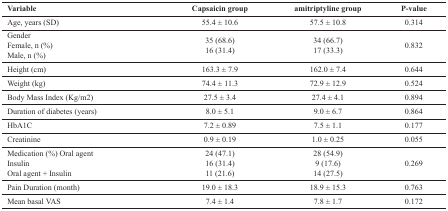
<table><thead><tr><td><b>Variable</b></td><td><b>Capsaicin group</b></td><td><b>amitriptyline group</b></td><td><b>P-value</b></td></tr></thead><tbody><tr><td>Age, years (SD)</td><td>55.4±10.6</td><td>57.5±10.8</td><td>0.314</td></tr><tr><td>Gender</td><td></td><td></td><td></td></tr><tr><td>Female, n (%)Male, n (%)</td><td>35(68.6)16(31.4)</td><td>34(66.7)17(33.3)</td><td>0.832</td></tr><tr><td>Height (cm)</td><td>163.3±7.9</td><td>162.0±7.4</td><td>0.644</td></tr><tr><td>Weight (kg)</td><td>74.4±11.3</td><td>72.9±12.9</td><td>0.524</td></tr><tr><td>Body Mass Index (Kg/m2)</td><td>27.5±3.4</td><td>27.4±4.1</td><td>0.894</td></tr><tr><td>Duration of diabetes (years)</td><td>8.0±5.1</td><td>9.0±6.7</td><td>0.864</td></tr><tr><td>HbA1C</td><td>7.2±0.89</td><td>7.5±1.1</td><td>0.177</td></tr><tr><td>Creatinine</td><td>0.9±0.19</td><td>1.0±0.25</td><td>0.055</td></tr><tr><td>Medication (%) Oral agentInsulinOral agent + Insulin</td><td>24(47.1)16(31.4)11(21.6)</td><td>28(54.9)9(17.6)14(27.5)</td><td>0.269</td></tr><tr><td>Pain Duration (month)</td><td>19.0±18.3</td><td>18.9±15.3</td><td>0.763</td></tr><tr><td>Mean basal VAS</td><td>7.4±1.4</td><td>7.8±1.7</td><td>0.172</td></tr></tbody></table>